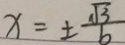
x = \pm \frac { \sqrt { 3 } } { 6 }